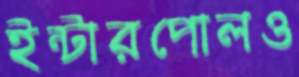
ইন্টারপোলও